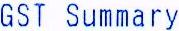
GST SUMMARY